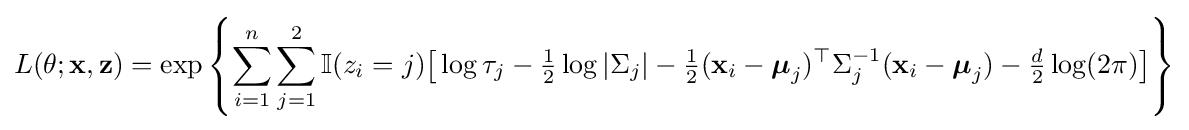
L(\theta ;\mathbf {x} ,\mathbf {z} )=\exp \left\{\sum _{i=1}^{n}\sum _{j=1}^{2}\mathbb {I} (z_{i}=j){\big [}\log \tau _{j}-{\tfrac {1}{2}}\log |\Sigma _{j}|-{\tfrac {1}{2}}(\mathbf {x} _{i}-{\boldsymbol {\mu }}_{j})^{\top }\Sigma _{j}^{-1}(\mathbf {x} _{i}-{\boldsymbol {\mu }}_{j})-{\tfrac {d}{2}}\log(2\pi ){\big ]}\right\}